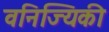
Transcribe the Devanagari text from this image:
वनिज्यिकी